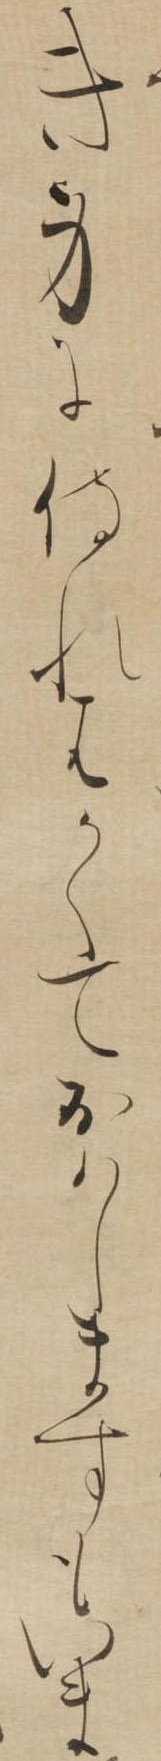
き身に侍れはかくておはしますもいま